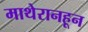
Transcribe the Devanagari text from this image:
माथेरानहून